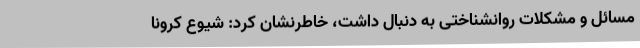
مسائل و مشکلات روانشناختی به دنبال داشت، خاطرنشان کرد: شیوع کرونا